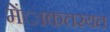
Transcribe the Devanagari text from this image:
मेंाकतरयत